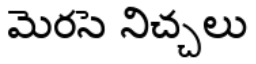
మెరసె నిచ్చలు